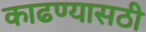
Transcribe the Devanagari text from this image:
काढण्यासठी